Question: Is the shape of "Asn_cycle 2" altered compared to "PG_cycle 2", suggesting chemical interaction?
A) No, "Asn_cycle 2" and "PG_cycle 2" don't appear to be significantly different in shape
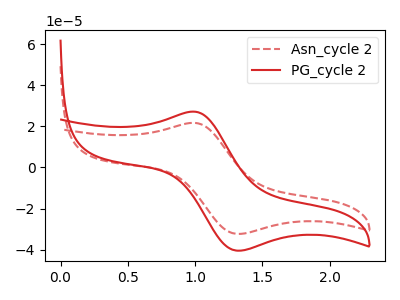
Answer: <think>The red dashed curve "Asn_cycle 2" has an anodic peak at (1.00V, 21.65uA) and a cathodic peak at (1.30V, -32.30uA). The red curve "PG_cycle 2" has an anodic peak at (1.00V, 27.10uA) and a cathodic peak at (1.30V, -40.45uA).
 All the peaks in "Asn_cycle 2" have a peak in "PG_cycle 2" at the same potential. Every peak in "Asn_cycle 2" is lower than every peak in "PG_cycle 2".</think>
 <answer>A) No, "Asn_cycle 2" and "PG_cycle 2" don't appear to be significantly different in shape</answer>
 <eval>A</eval>